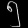
Digit: ၅